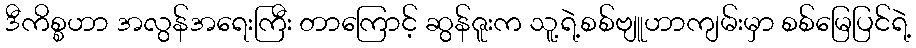
ဒီကိစ္စဟာ အလွန်အရေးကြီး တာကြောင့် ဆွန်ဇူးက သူ့ရဲ့စစ်ဗျူဟာကျမ်းမှာ စစ်မြေပြင်ရဲ့